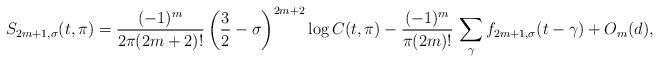
LaTeX: \begin{align*} S_{2m+1,\sigma}(t,\pi)=\dfrac{(-1)^m}{2\pi(2m+2)!}\,\bigg(\dfrac{3}{2}-\sigma\bigg)^{2m+2}\log C(t,\pi) -\dfrac{(-1)^m}{\pi(2m)!}\,\displaystyle\sum_{\gamma}f_{2m+1,\sigma}(t-\gamma)+ O_m(d),\end{align*}